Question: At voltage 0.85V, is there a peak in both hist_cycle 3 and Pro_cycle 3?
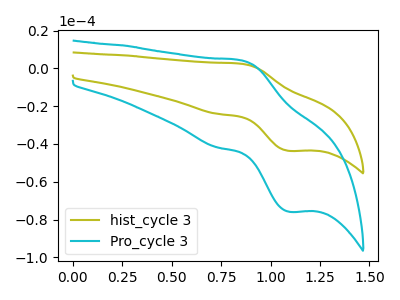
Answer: <think>The olive curve "hist_cycle 3" has an anodic peak at (0.85V, 2.50uA) and a cathodic peak at (1.10V, -43.65uA). The cyan curve "Pro_cycle 3" has an anodic peak at (0.85V, 4.35uA) and a cathodic peak at (1.10V, -75.90uA).</think>
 <answer>Yes, "hist_cycle 3" and "Pro_cycle 3" share a peak at 0.85V.</answer>
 <eval>match</eval>